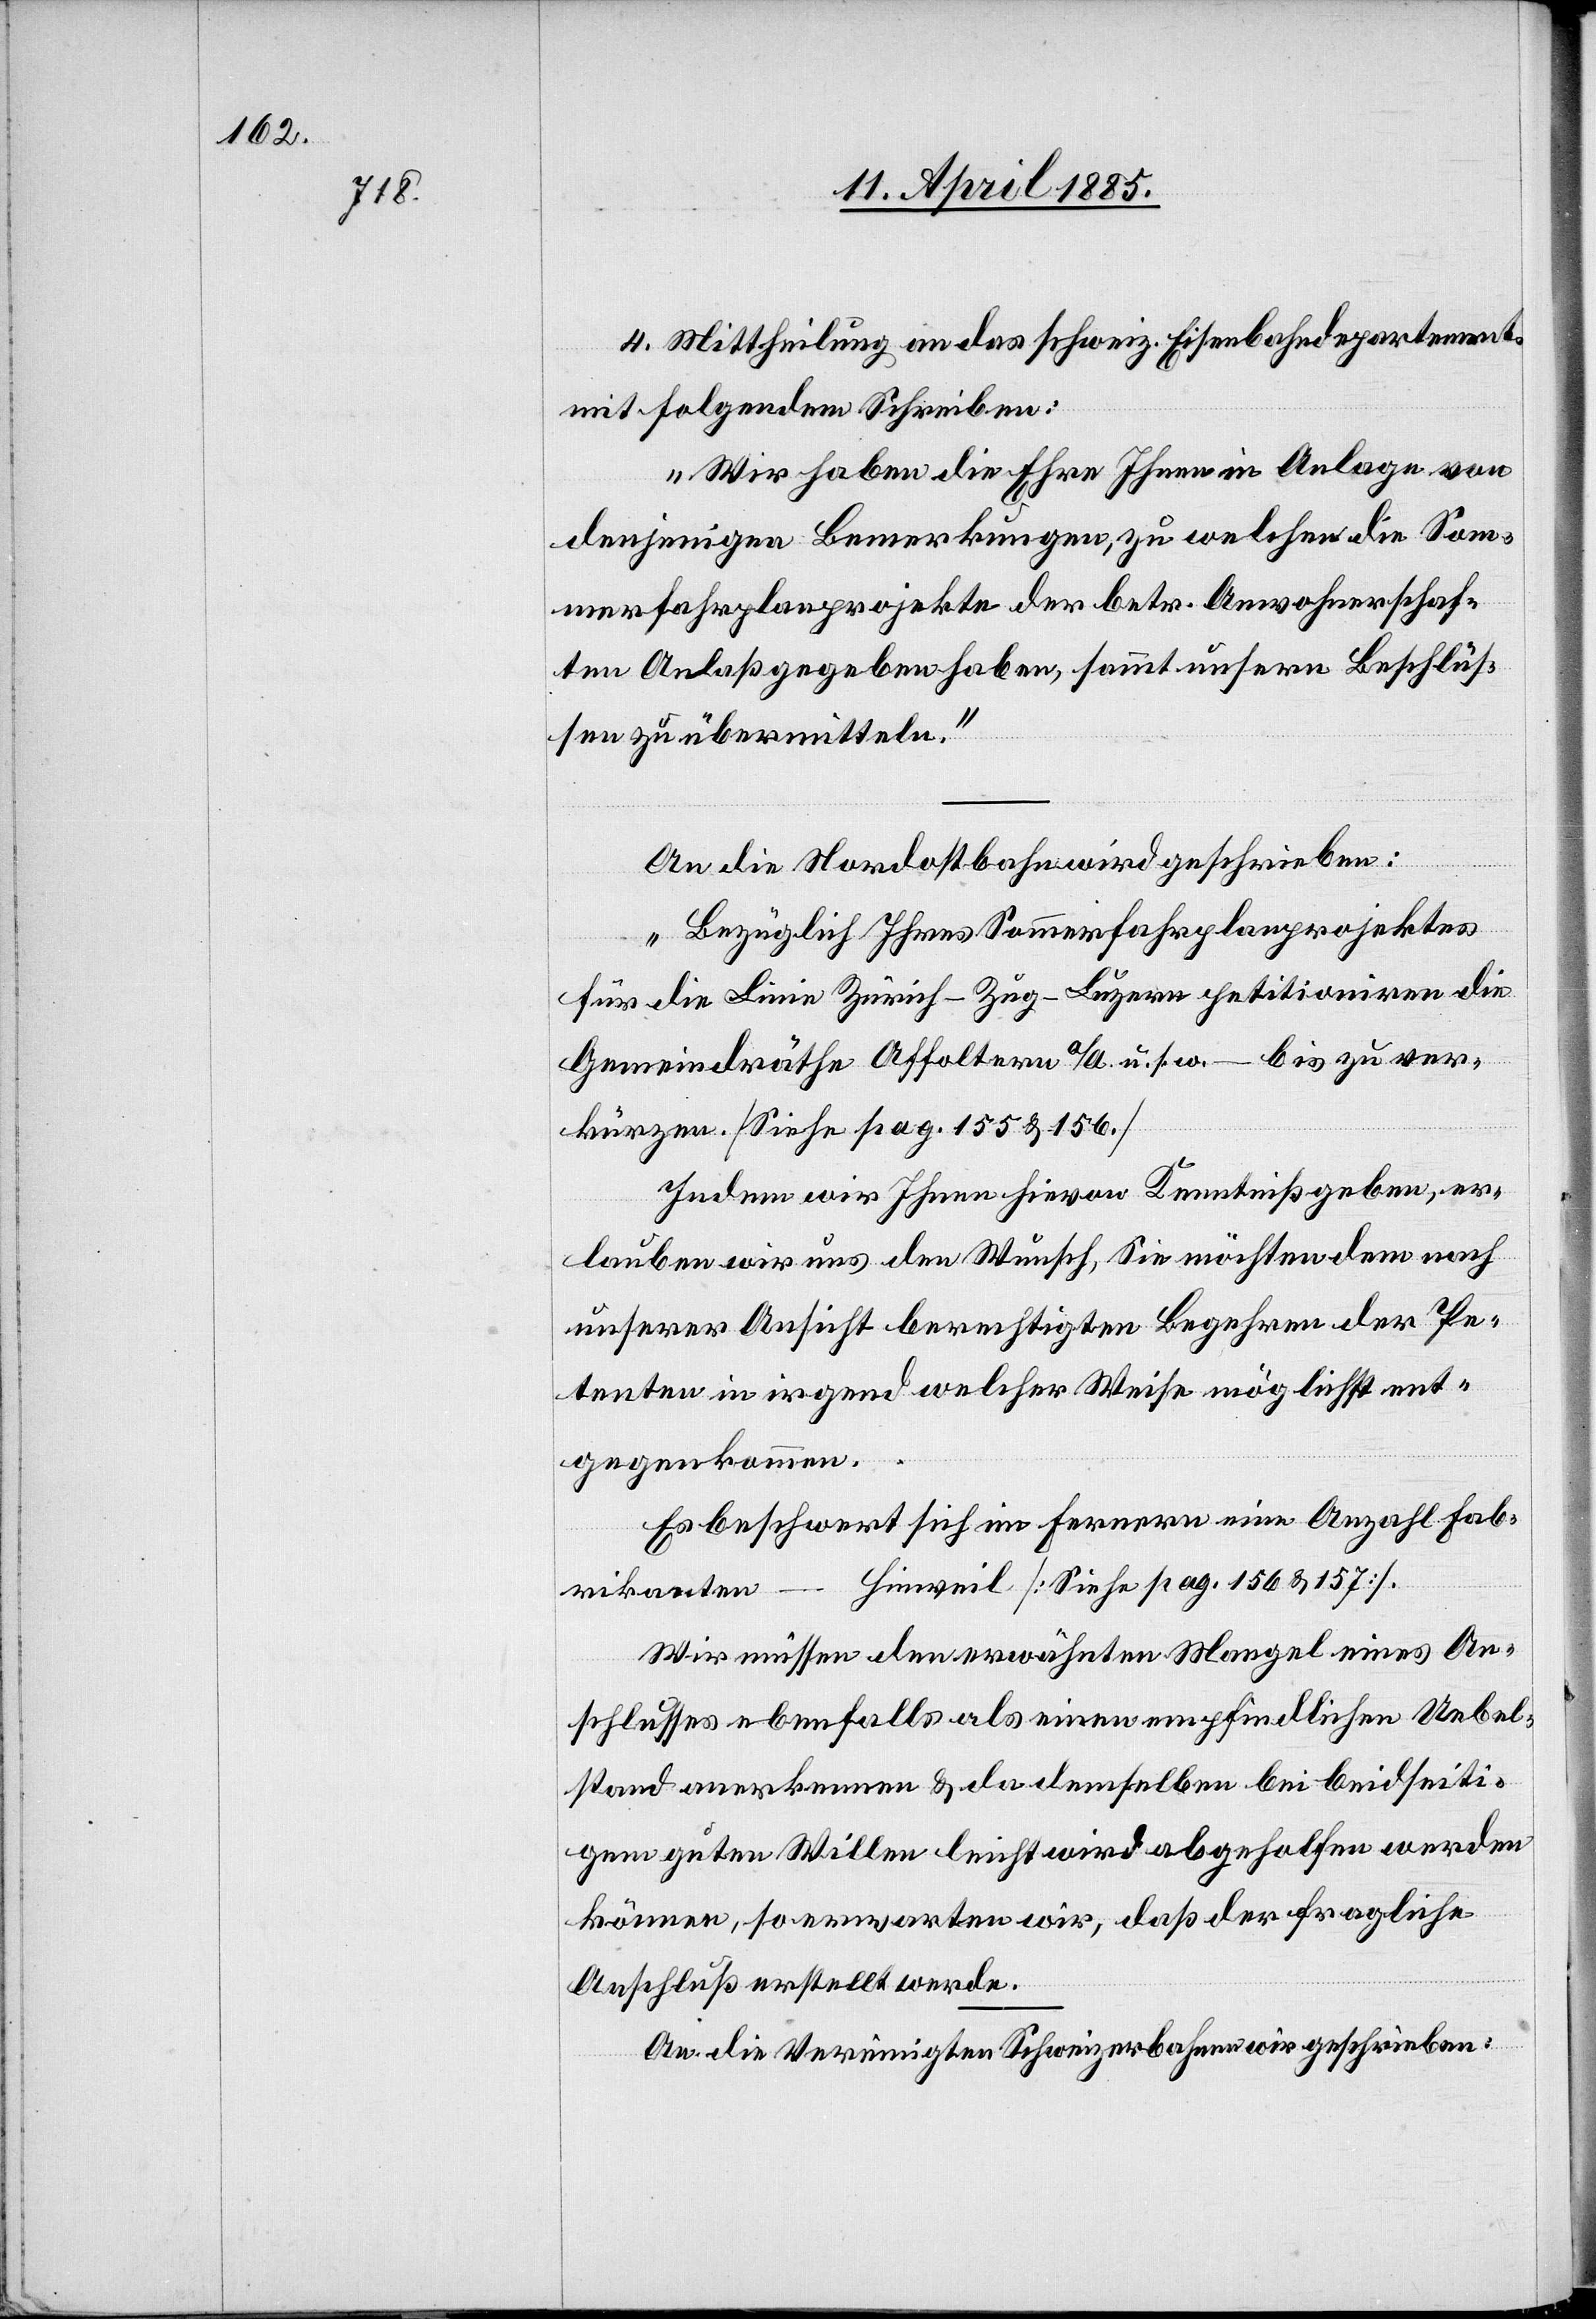
4. Mittheilung an das Schweiz. Eisenbahndepartement
mit folgendem Schreiben:
„Wir haben die Ehre Ihnen in Anlage von
denjenigen Bemerkungen, zu welchen die Som¬
merfahrplanprojekte der betr. Anwohnerschaf¬
ten Anlaß gegeben haben, sammt unsern Beschlüs¬
sen zu übermitteln.“
An die Nordostbahn wird geschrieben:
„Bezüglich Ihres Sommerfahrplanprojektes
für die Linie Zürich–Zug–Luzern petitioniren die
Gemeindräthe Affoltern a/A. u. s. w. – bis zu ver¬
kürzen. [Siehe pag. 155 & 156]
Indem wir Ihnen hievon Kenntniß geben, er¬
lauben wir uns den Wunsch, Sie möchten dem nach
unserer Ansicht berechtigten Begehren der Pe¬
tenten in irgend welcher Weise möglichst ent¬
gegenkommen.
Es beschwert sich im Fernern eine Anzahl Fab¬
Hinweil [Siehe pag. 156 & 157].
rikanten
Wir müssen den erwähnten Mangel eines An¬
schlusses ebenfalls als einen empfindlichen Uebel¬
stand anerkennen & da demselben bei beidseiti¬
gem guten Willen leicht wird abgeholfen werden
können, so erwarten wir, daß der fragliche
Anschluß erstellt werde.
An die Vereinigten Schweizerbahnen wir[d] geschrieben: